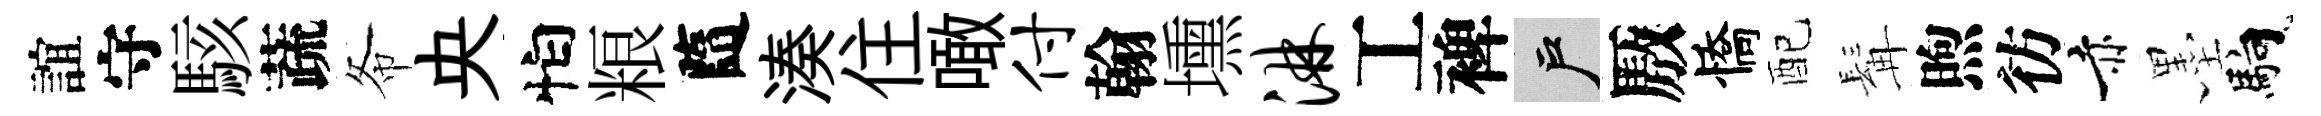
誼守駭蔬𢁙央怕粮隨湊住噉付翰壎淋工裨户厫憍配髯煦彷赤墨馿